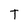
Character: T